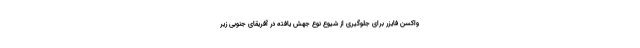
واکسن فایزر برای جلوگیری از شیوع نوع جهش یافته در آفریقای جنوبی زیر